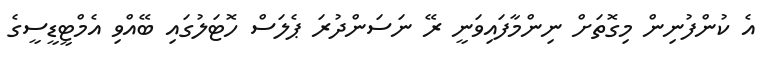
އެ ކުންފުނިން މިގޮތަށް ނިންމާފައިވަނީ ރޭ ނަސަންދުރަ ޕެލަސް ހޮޓަލުގައި ބޭއްވި އެމްޓީޑީސީގެ